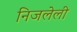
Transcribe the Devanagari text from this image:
निजलेली